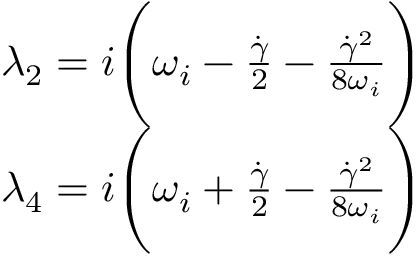
\begin{array} { r } { \lambda _ { 2 } = i \Biggl ( \omega _ { i } - \frac { \dot { \gamma } } { 2 } - \frac { \dot { \gamma } ^ { 2 } } { 8 \omega _ { i } } \Biggr ) } \\ { \lambda _ { 4 } = i \Biggl ( \omega _ { i } + \frac { \dot { \gamma } } { 2 } - \frac { \dot { \gamma } ^ { 2 } } { 8 \omega _ { i } } \Biggr ) } \end{array}